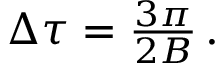
\begin{array} { r } { \Delta \tau = \frac { 3 \pi } { 2 B } \, . } \end{array}